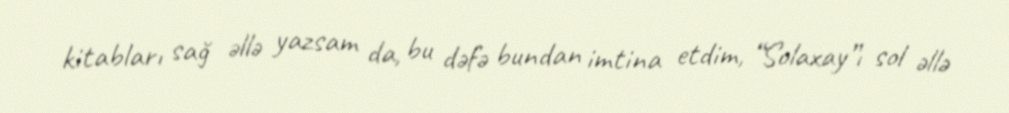
kitabları sağ əllə yazsam da, bu dəfə bundan imtina etdim, “Solaxay”ı sol əllə